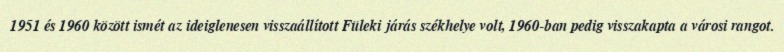
1951 és 1960 között ismét az ideiglenesen visszaállított Füleki járás székhelye volt, 1960-ban pedig visszakapta a városi rangot.